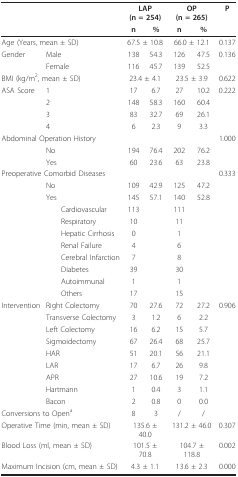
<table><thead><tr><td colspan="2"></td><td colspan="2"><b>LAP (n = 254)</b></td><td colspan="2"><b>OP (n = 265)</b></td><td><b>P</b></td></tr><tr><td colspan="2"></td><td><b>n</b></td><td><b>%</b></td><td><b>n</b></td><td><b>%</b></td><td></td></tr></thead><tbody><tr><td colspan="2">Age (Years, mean ± SD)</td><td colspan="2">67.5 ± 10.8</td><td colspan="2">66.0 ± 12.1</td><td>0.137</td></tr><tr><td>Gender</td><td>Male</td><td>138</td><td>54.3</td><td>126</td><td>47.5</td><td>0.136</td></tr><tr><td></td><td>Female</td><td>116</td><td>45.7</td><td>139</td><td>52.5</td><td></td></tr><tr><td colspan="2">BMI (kg/m<sup>2</sup>, mean ± SD)</td><td colspan="2">23.4 ± 4.1</td><td colspan="2">23.5 ± 3.9</td><td>0.622</td></tr><tr><td>ASA Score</td><td>1</td><td>17</td><td>6.7</td><td>27</td><td>10.2</td><td>0.222</td></tr><tr><td></td><td>2</td><td>148</td><td>58.3</td><td>160</td><td>60.4</td><td></td></tr><tr><td></td><td>3</td><td>83</td><td>32.7</td><td>69</td><td>26.1</td><td></td></tr><tr><td></td><td>4</td><td>6</td><td>2.3</td><td>9</td><td>3.3</td><td></td></tr><tr><td colspan="2">Abdominal Operation History</td><td></td><td></td><td></td><td></td><td>1.000</td></tr><tr><td></td><td>No</td><td>194</td><td>76.4</td><td>202</td><td>76.2</td><td></td></tr><tr><td></td><td>Yes</td><td>60</td><td>23.6</td><td>63</td><td>23.8</td><td></td></tr><tr><td colspan="2">Preoperative Comorbid Diseases</td><td></td><td></td><td></td><td></td><td>0.333</td></tr><tr><td></td><td>No</td><td>109</td><td>42.9</td><td>125</td><td>47.2</td><td></td></tr><tr><td></td><td>Yes</td><td>145</td><td>57.1</td><td>140</td><td>52.8</td><td></td></tr><tr><td></td><td> Cardiovascular</td><td>113</td><td></td><td>111</td><td></td><td></td></tr><tr><td></td><td> Respiratory</td><td>10</td><td></td><td>11</td><td></td><td></td></tr><tr><td></td><td> Hepatic Cirrhosis</td><td>0</td><td></td><td>1</td><td></td><td></td></tr><tr><td></td><td> Renal Failure</td><td>4</td><td></td><td>6</td><td></td><td></td></tr><tr><td></td><td> Cerebral Infarction</td><td>7</td><td></td><td>8</td><td></td><td></td></tr><tr><td></td><td> Diabetes</td><td>39</td><td></td><td>30</td><td></td><td></td></tr><tr><td></td><td> Autoimmunal</td><td>1</td><td></td><td>1</td><td></td><td></td></tr><tr><td></td><td> Others</td><td>17</td><td></td><td>15</td><td></td><td></td></tr><tr><td>Intervention</td><td>Right Colectomy</td><td>70</td><td>27.6</td><td>72</td><td>27.2</td><td>0.906</td></tr><tr><td></td><td>Transverse Colectomy</td><td>3</td><td>1.2</td><td>6</td><td>2.2</td><td></td></tr><tr><td></td><td>Left Colectomy</td><td>16</td><td>6.2</td><td>15</td><td>5.7</td><td></td></tr><tr><td></td><td>Sigmoidectomy</td><td>67</td><td>26.4</td><td>68</td><td>25.7</td><td></td></tr><tr><td></td><td>HAR</td><td>51</td><td>20.1</td><td>56</td><td>21.1</td><td></td></tr><tr><td></td><td>LAR</td><td>17</td><td>6.7</td><td>26</td><td>9.8</td><td></td></tr><tr><td></td><td>APR</td><td>27</td><td>10.6</td><td>19</td><td>7.2</td><td></td></tr><tr><td></td><td>Hartmann</td><td>1</td><td>0.4</td><td>3</td><td>1.1</td><td></td></tr><tr><td></td><td>Bacon</td><td>2</td><td>0.8</td><td>0</td><td>0.0</td><td></td></tr><tr><td colspan="2">Conversions to Open<sup>a</sup></td><td>8</td><td>3</td><td>/</td><td>/</td><td></td></tr><tr><td colspan="2">Operative Time (min, mean ± SD)</td><td colspan="2">135.6 ± 40.0</td><td colspan="2">131.2 ± 46.0</td><td>0.307</td></tr><tr><td colspan="2">Blood Loss (ml, mean ± SD)</td><td colspan="2">101.5 ± 70.8</td><td colspan="2">104.7 ± 118.8</td><td>0.002</td></tr><tr><td colspan="2">Maximum Incision (cm, mean ± SD)</td><td colspan="2">4.3 ± 1.1</td><td colspan="2">13.6 ± 2.3</td><td>0.000</td></tr></tbody></table>